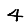
Digit: 4